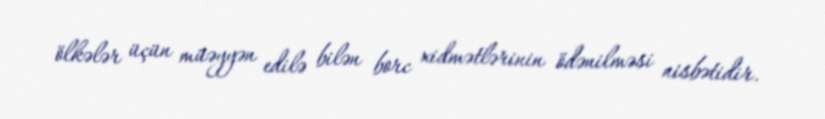
ölkələr üçün müəyyən edilə bilən borc xidmətlərinin ödənilməsi nisbətidir.